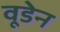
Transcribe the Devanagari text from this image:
वूडेन